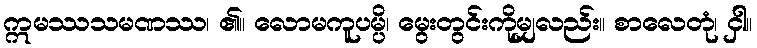
ဣမဿသမဏဿ၊ ၏။ လောမကူပမ္ပိ၊ မွေးတွင်းကိုမျှလည်း။ စာလေတုံ၊ ငှါ။